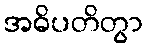
အဓိပတိတွာ